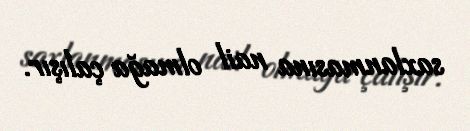
saxlanmasına nail olmağa çalışır.